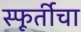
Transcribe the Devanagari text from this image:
स्फूर्तीचा